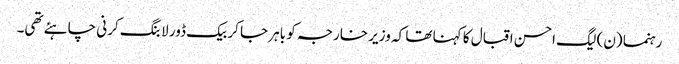
رہنما (ن) لیگ احسن اقبال کا کہنا تھا کہ وزیر خارجہ کو باہر جا کر بیک ڈور لابنگ کرنی چاہئے تھی۔